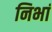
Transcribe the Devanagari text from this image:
निभां